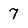
Character: 7